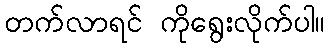
တက်လာရင် ကိုရွေးလိုက်ပါ။